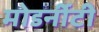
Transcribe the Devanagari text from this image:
मोडर्नीटी